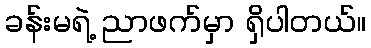
ခန်းမရဲ့ ညာဖက်မှာ ရှိပါတယ်။